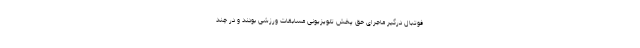
فوتبال درگیر ماجرای حق پخش تلویزیونی مسابقات ورزشی بودند و در چند